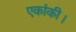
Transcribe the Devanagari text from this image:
एकांकी।